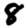
Digit: 8